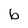
Character: b